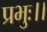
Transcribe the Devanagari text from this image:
प्रभुः।।